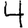
Digit: 4